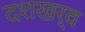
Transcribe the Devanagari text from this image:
दशखर्व